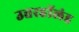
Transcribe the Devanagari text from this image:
उत्तरहॉलंड